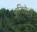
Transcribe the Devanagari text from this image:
अनिसेतो